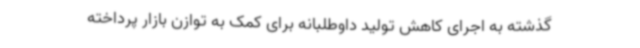
گذشته به اجرای کاهش تولید داوطلبانه برای کمک به توازن بازار پرداخته